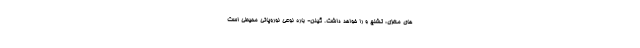
های مغزی، تشنج و را خواهد داشت. گیلن- باره نوعی نوروپاتی محیطی است